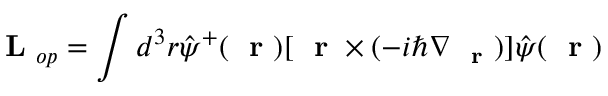
\mathrm { ~ \bf ~ L ~ } _ { o p } = \int d ^ { 3 } r \hat { \psi } ^ { + } ( \mathrm { ~ \bf ~ r ~ } ) [ \mathrm { ~ \bf ~ r ~ } \times ( - i \hbar \nabla _ { \mathrm { ~ \bf ~ r ~ } } ) ] \hat { \psi } ( \mathrm { ~ \bf ~ r ~ } )